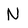
Character: N